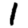
Digit: 1